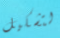
لتشكيل